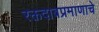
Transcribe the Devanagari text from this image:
रक्तदाबप्रमाणाचे